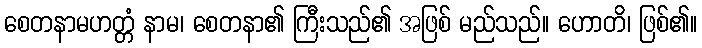
စေတနာမဟတ္တံ နာမ၊ စေတနာ၏ ကြီးသည်၏ အဖြစ် မည်သည်။ ဟောတိ၊ ဖြစ်၏။